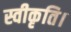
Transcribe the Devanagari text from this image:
स्वीकृति।